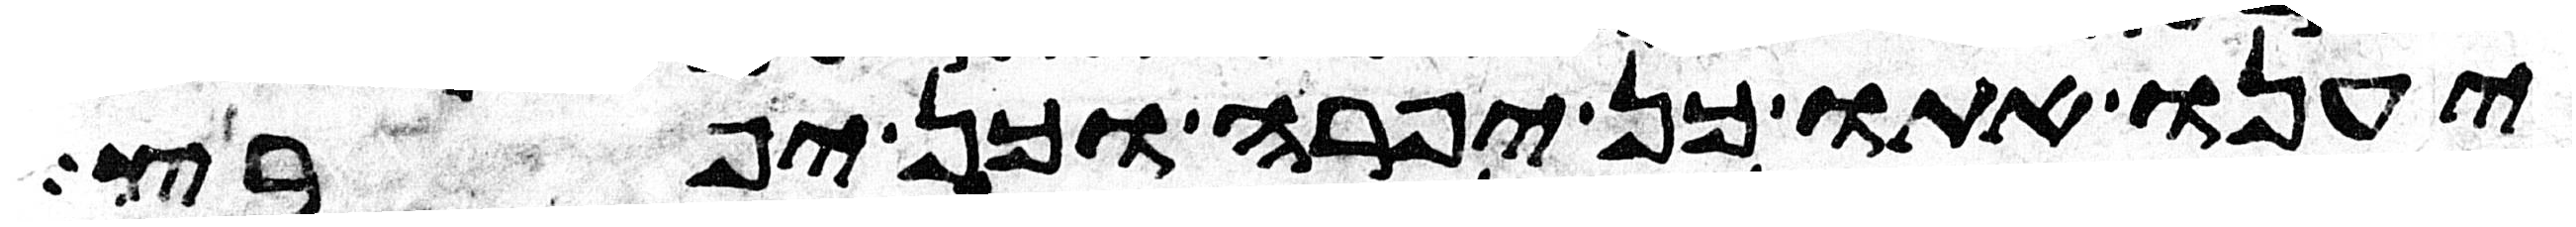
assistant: יענו אתו כן יפרה וכן יפרץ